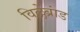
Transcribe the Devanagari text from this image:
विल्लेब्रांड